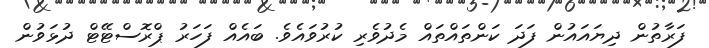
ފަރާތުން ދިޔައައުން ފަދަ ކަންތައްތައް މެދުވެރި ކުރުވައެވެ. ބައެއް ފަހަރު ޕްރޮސްޓޭޓް ދުޅަވުން